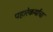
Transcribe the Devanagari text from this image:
पहारेकर्यांचा